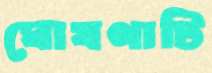
ঘোষণাটি